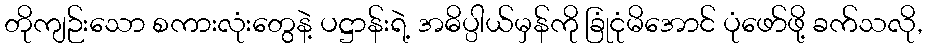
တိုကျဉ်းသော စကားလုံးတွေနဲ့ ပဋ္ဌာန်းရဲ့ အဓိပ္ပါယ်မှန်ကို ခြုံငုံမိအောင် ပုံဖော်ဖို့ ခက်သလို,